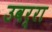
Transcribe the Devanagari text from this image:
उवर्रा